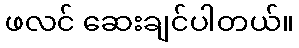
ဖလင် ဆေးချင်ပါတယ်။